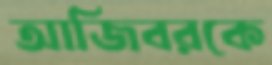
আজিবরকে